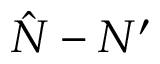
\hat { N } - N ^ { \prime }